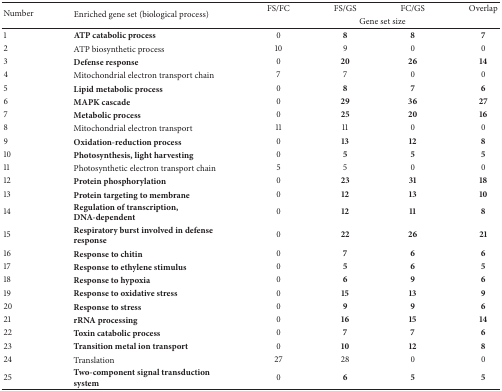
| <ROWSPAN=2> Number | <ROWSPAN=2> Enriched gene set (biological process) | FS/FC | FS/GS | FC/GS | Overlap |
 | <COLSPAN=4> Gene set size |
 | --- | --- | --- | --- | --- | --- |
 | 1 | ATP catabolic process | 0 | 8 | 8 | 7 |
 | 2 | ATP biosynthetic process | 10 | 9 | 0 | 0 |
 | 3 | Defense response | 0 | 20 | 26 | 14 |
 | 4 | Mitochondrial electron transport chain | 7 | 7 | 0 | 0 |
 | 5 | Lipid metabolic process | 0 | 8 | 7 | 6 |
 | 6 | MAPK cascade | 0 | 29 | 36 | 27 |
 | 7 | Metabolic process | 0 | 25 | 20 | 16 |
 | 8 | Mitochondrial electron transport | 11 | 11 | 0 | 0 |
 | 9 | Oxidation-reduction process | 0 | 13 | 12 | 8 |
 | 10 | Photosynthesis, light harvesting | 0 | 5 | 5 | 5 |
 | 11 | Photosynthetic electron transport chain | 5 | 5 | 0 | 0 |
 | 12 | Protein phosphorylation | 0 | 23 | 31 | 18 |
 | 13 | Protein targeting to membrane | 0 | 12 | 13 | 10 |
 | 14 | Regulation of transcription, DNA-dependent | 0 | 12 | 11 | 8 |
 | 15 | Respiratory burst involved in defense response | 0 | 22 | 26 | 21 |
 | 16 | Response to chitin | 0 | 7 | 6 | 6 |
 | 17 | Response to ethylene stimulus | 0 | 5 | 6 | 5 |
 | 18 | Response to hypoxia | 0 | 6 | 9 | 6 |
 | 19 | Response to oxidative stress | 0 | 15 | 13 | 9 |
 | 20 | Response to stress | 0 | 9 | 9 | 6 |
 | 21 | rRNA processing | 0 | 16 | 15 | 14 |
 | 22 | Toxin catabolic process | 0 | 7 | 7 | 6 |
 | 23 | Transition metal ion transport | 0 | 10 | 12 | 8 |
 | 24 | Translation | 27 | 28 | 0 | 0 |
 | 25 | Two-component signal transduction system | 0 | 6 | 5 | 5 |